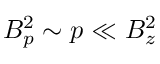
B _ { p } ^ { 2 } \sim p \ll B _ { z } ^ { 2 }